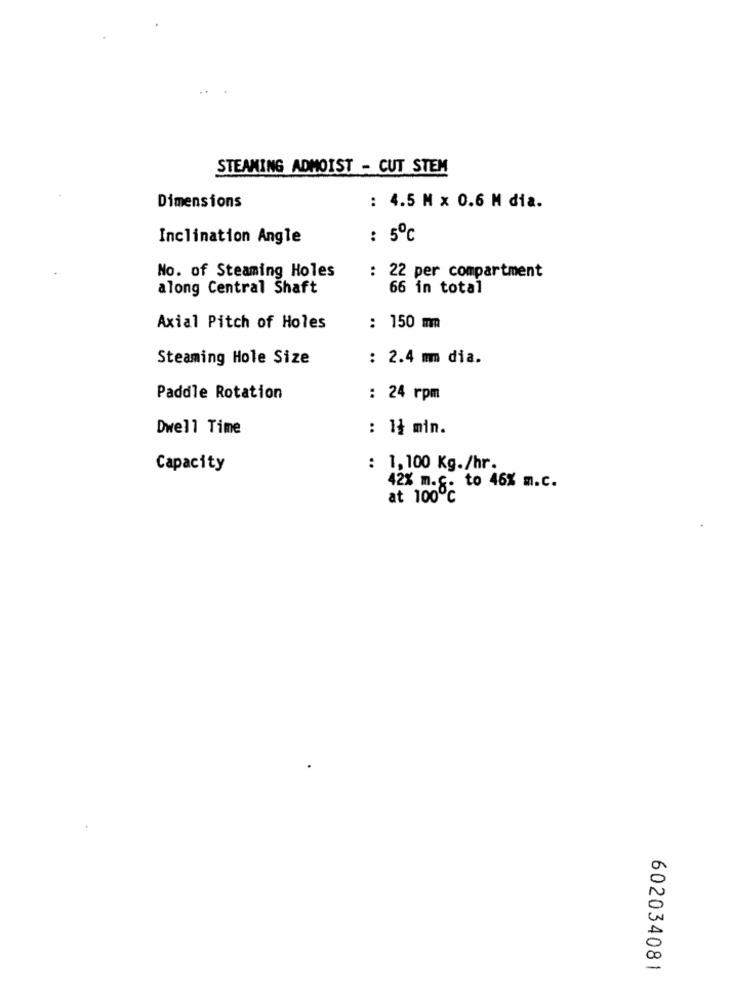
STEAMING ADMOIST - CUT STEM
Dimensions
: 4.5 M x 0.6 M dia.
Inclination Angle
: 5℃
No. of Steaming Holes
: 22 per compartment
along Central Shaft
66 in total
Axial Pitch of Holes
: 150 mm
Steaming Hole Size
: 2.4 mm dia.
Paddle Rotation
: 24 rpm
Dwell Time
: 14 min.
Capacity
: 1,100 Kg./hr.
42% m.c. to 46% m.c.
at 100℃
602034081